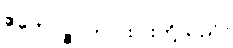
ဧတေပဉ္စ၊ ဤငါးပါးတို့သည်။